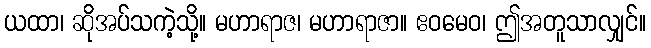
ယထာ၊ ဆိုအပ်သကဲ့သို့။ မဟာရာဇ၊ မဟာရာဇာ။ ဧဝမေဝ၊ ဤအတူသာလျှင်။